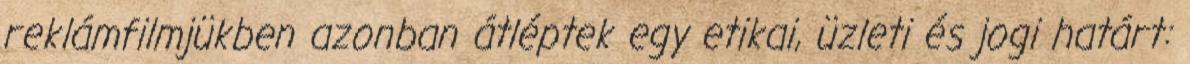
reklámfilmjükben azonban átléptek egy etikai, üzleti és jogi határt: